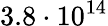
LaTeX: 3.8\cdot 10^{14}